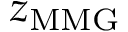
z _ { \mathrm { M M G } }